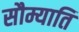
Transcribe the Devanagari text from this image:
सौम्याति